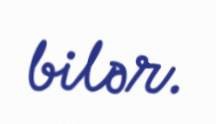
bilər.